Vital statistics of India. Vol. IV, Annual returns from 1871 to 1876. British Army of India, Native Army and jails of Bengal
Year: 1871
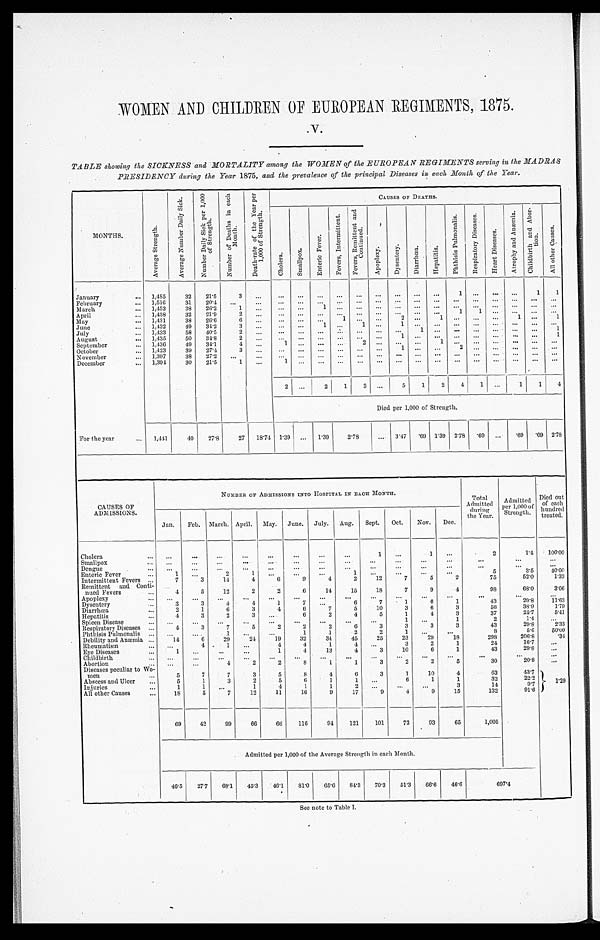
WOMEN AND CHILDREN OF EUROPEAN REGIMENTS , 1875.
TABLE showing the SICKNESS and MORTALITY among the WOMEN of the EUROPEAN REGIMENTS serving in the MADRAS
PRESIDENCY during the Year 1875, and the prevalence of the principal Diseases in each, Month of the Year.
M O N T H S .
A v e r a g e S t r e n g t h .
A v e r a g e N u m b e r D a i l y S i c k .
N u m b e r D a i l y S i c k p e r 1 , 0 0 0 o f S t r e n g t h .
N u m b e r o f D e a t h s i n e a c h M o n t h s .
D e a t h - r a t e o f t h e Y e a r p e r 1 , 0 0 0 o f S t r e n g t h .
CAUSES OF DEATHS.
C h o l e r a .
S m a l l p o x .
E n t e r i c F e v e r .
F e v e r s , I n t e r m i t t e n t .
F e r v e r s , R e m i t t e n t a n d C o n t i n u e d .
A p o p l e x y .
D y s e n t r y .
D i a r r h œ a .
H e p a t i t i s .
P h t h i s i s P u l m o n a l i s .
R e s p i r a t o r y D i s e a s e s .
H e a r t D i s e a s e s .
A t r o p h y a n d A n æ m i a .
C h i l d b i r t h a n d A b o r t i o n .
January
... 1,485
32
21.5
3
. . .
. . .
. . .
. . .
. . .
. . .
. . .
. . .
. . .
. . .
1 ...
. . .
. . .
1
1
February
... 1,516
31
20.4 ...
. . .
. . .
. . .
. . .
. . .
. . .
. . . . . .
. . . . . .
. . .
. . .
. . . . . .
. . .
March
... 1,453
38 26.2
1 ...
... ...
1
. . .
. . .
. . .
. . .
... ...
. . .
. . .
... ... ... ...
April
... 1,458
32
21.9
2
. . .
. . .
. . .
. . .
. . .
. . .
. . .
. . .
. . .
. . .
1
1
. . .
. . .
. . .
. . .
May
... 1,431
38 26.6
6
. . .
... ... ...
1
. . .
. . .
2
. . .
1 ... ... ...
1 ...
1
June
... 1,432
49 34.2
3
. . .
... ...
1
. . .
1 ...
1
. . .
... ... ... ... ... ...
. . .
July
... 1,433
58 40.5
2
. . .
. . .
. . .
. . .
. . .
. . .
. . .
...
1
. . .
. . .
. . .
. . .
. . .
. . .
1
August
... 1,435
50 34.8
2 ...
... ...
...
. . .
... ...
1 ... ... ..
...
. . .
. . .
. . . 1
Sept ember
... 1,436
49 34.1
4
. . .
1
. . .
. . .
. . .
2
. . .
. . .
. . .
1
. . . . . .
. . .
. . .
. . .
October
... 1,423
39
27.4
3
. . .
. . .
. . .
. . .
. . .
. . .
. . . 1
. . .
. . .
2
. . .
. . .
. . .
. . .
. . .
November
... 1,397
38 27.2 ...
. . .
. . .
...
... ... ... ...
. . .
... ... ..
... ... ... ... ...
December
... 1,394
30 21.5
1
. . .
1 ...
... ...
... ... ... ... ... ..
. . .
... ... ... ...
2
. . .
2
1
3
. . .
5
1
2
4
1 ...
1
1
4
Died per 1,000 of Strength.
For the year
... 1,441
40
27.8
27 18.74 1.39 ... 1.39
2.78
... 3.47 .69 1.39 2.78 .69 ... .69 .69 2.78
CAUSES OF
ADMISSIONS.
NUMBER OF ADMISSIONS IN TO HOSPITAL IN EACH MONTH.
Total
Admitted
during
the Year.
Admitted
per 1, 000 of Strength.
Diet out
of each
hundred
treated.
Jan. Feb. March. April. May. June. July. Aug. Sept. Oct. Nov. Dec.
Cholera
... ...
...
...
...
...
...
...
...
1 ...
1
. . .
2
1.4
1 0 0 . 0 0
Smallpox
... ...
...
. . .
...
. . .
. . .
...
...
...
...
...
...
...
. . .
...
Dengue
. . .
. . .
...
. . .
. . .
...
...
...
...
...
...
. . .
...
. . .
. . .
. . .
Enteric Fever
...
1
. . .
2
1
. . .
. . .
. . .
1
. . .
...
...
...
5
3.5
40.00
Intermittent Fevers
. . .
7
3
14
4
6
9
4
2
12
7
5
2
75
52.0
1.33
Remittent and Conti-
nued Fevers
...
4
5
12
2
2
6
14
15
18
7
9
4
98
68.0
3.06
Apoplexy
... ...
...
...
...
...
...
...
...
...
. . .
...
...
...
...
. . .
Dysentery
. . .
3
3
4
4
1
7 ...
6
7
1
6
1
43
29.8
11.63
Diarrhœa
...
2
1
6
3
4
6
7
5
10
3
6
3
56
38.9
1.79
Hepatitis
...
4
3
2
3 ...
6
2
4
5
1
4
3
37
25.7
5.41
Spleen Disease
... ...
...
...
...
...
...
. . .
...
. . .
. . .
1
2
1.4
. . .
Respiratory Diseases ...
4
3
7
5
2
2
2
6
3
3
3
3
43
29.8
2.33
Phthisis Pulmonalis ... ...
. . .
1
...
...
1
1
2
2
1 ...
...
8
5.6
50.00
Debility and Anæmia ...
14
6
29
24
19
32
34
45
25
23
29
18
298
206.8
.34
Rheumatism
... ...
4
1 ...
4
4
1
4 ...
3
2
1
24
16.7
. . .
Eye Diseases
...
1 ...
...
...
1
4
13
4
3
10
6
1
43
29.8
. . .
Childbirth
. . . . . .
. . .
...
. . .
...
. . .
. . .
. . .
. . .
...
. . .
. . .
. . .
. . .
...
Abortion
... ...
. . .
4
2
2
8
1
1
3
2
2
5
30
20.8 ...
Diseases peculiar to Wo-
men
...
5
7
7
3
5
8
4
6
3
1
10
4
63
43.7
1.29
Abscess and Ulcer
...
5
1
3
2
5
6
1
1 ...
6
1
1
32
22.2
Injuries
...
1
1 ...
1
4
1
1
2
. . .
...
...
3
14
9.7
All other Causes
...
18
5
7
12
11
16
9
17
9
4
9
15
132
91.6
69
42
99
66
66
116
94
121
101
73
93
65
1,005
Admitted per 1,000 of the Average Strength in each Month.
46.5 27.7 68.1 45.3 46.1
81.0 65.6 84.3 70.3 51.3
66.6 46.6
697.4
See note to Table I.